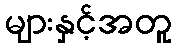
များနှင့်အတူ